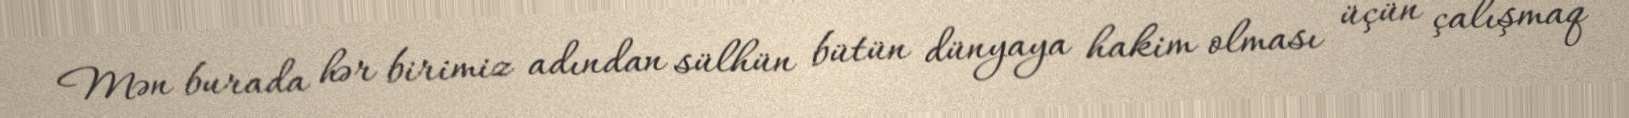
Mən burada hər birimiz adından sülhün bütün dünyaya hakim olması üçün çalışmaq